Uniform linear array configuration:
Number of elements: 48
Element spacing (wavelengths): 0.25
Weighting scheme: kaiser
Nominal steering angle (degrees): -60
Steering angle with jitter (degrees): -58.102
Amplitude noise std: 0.05
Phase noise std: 0.05

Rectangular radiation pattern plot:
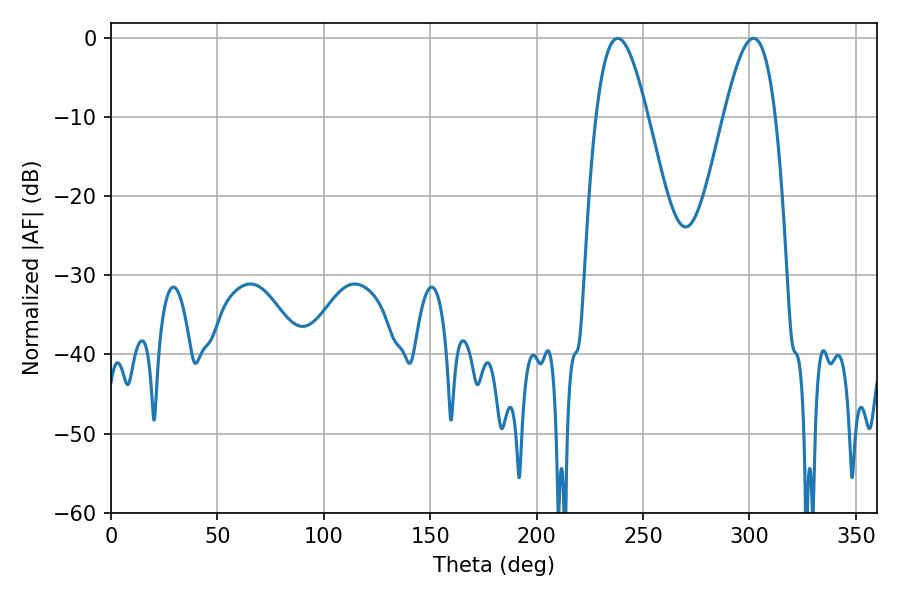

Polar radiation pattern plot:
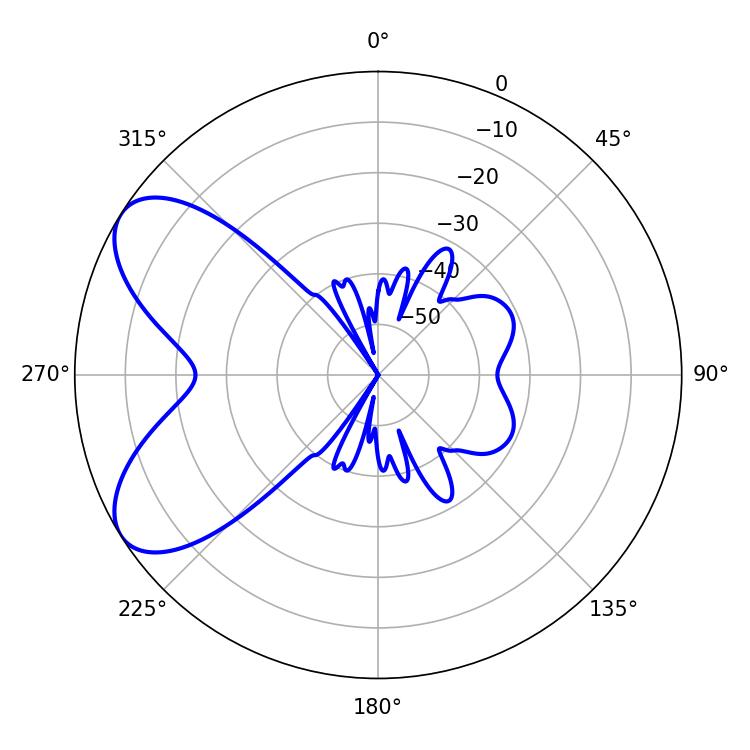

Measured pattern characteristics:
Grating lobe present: FALSE
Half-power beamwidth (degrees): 12.96
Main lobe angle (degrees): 238.14